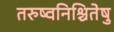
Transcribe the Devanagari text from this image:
तरुष्वनिश्चितेषु